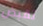
تقبض